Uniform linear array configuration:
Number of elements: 12
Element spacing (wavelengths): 0.5
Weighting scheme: uniform
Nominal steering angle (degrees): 15
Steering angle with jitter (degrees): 14.513
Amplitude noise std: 0.05
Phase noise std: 0.05

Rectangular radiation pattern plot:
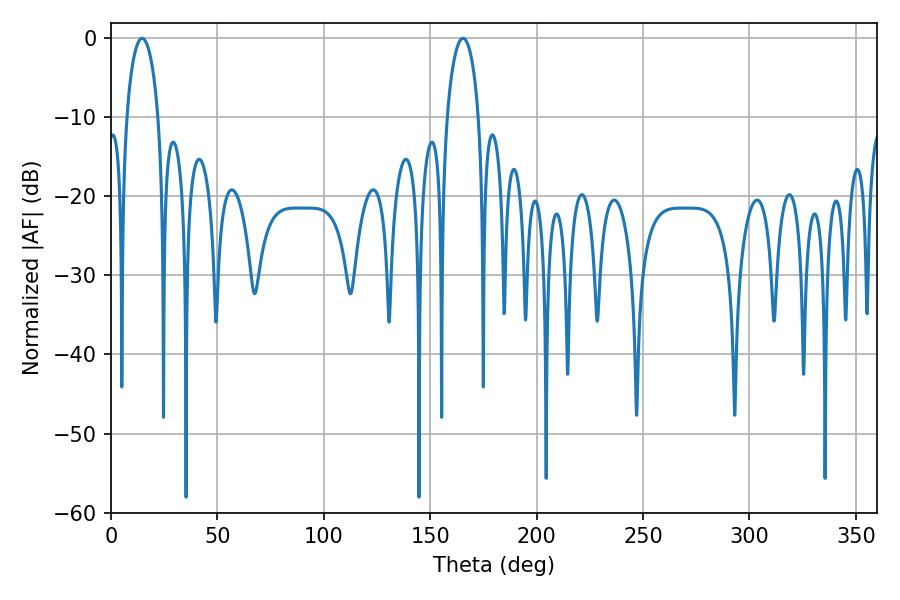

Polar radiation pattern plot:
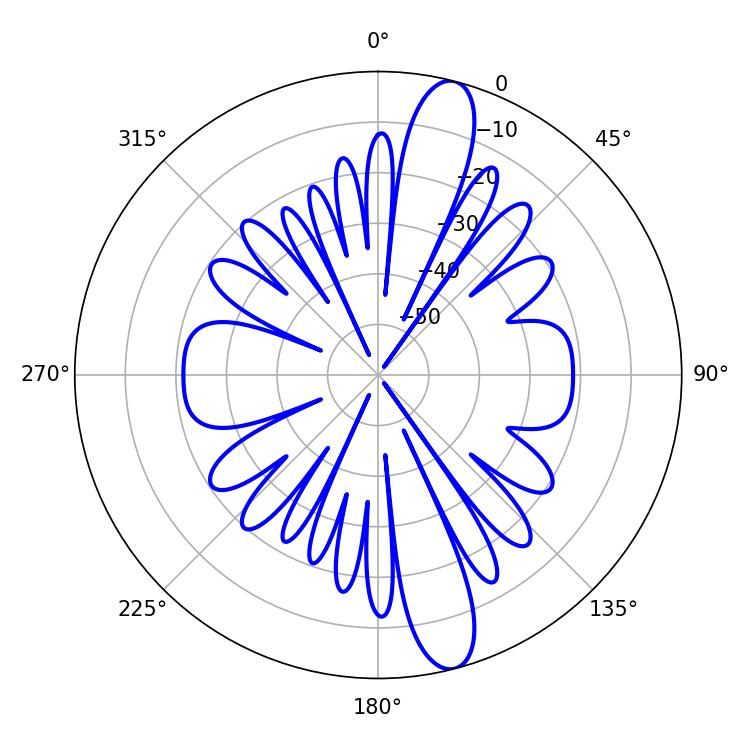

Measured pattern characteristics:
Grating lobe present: FALSE
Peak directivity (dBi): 13.709
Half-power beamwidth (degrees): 8.46
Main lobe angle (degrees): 14.58